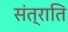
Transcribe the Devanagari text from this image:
संत्राति